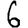
Digit: 6